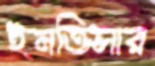
ইনতিসার